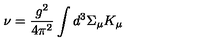
\nu = \frac { g ^ { 2 } } { 4 \pi ^ { 2 } } \int d ^ { 3 } \Sigma _ { \mu } K _ { \mu }